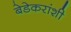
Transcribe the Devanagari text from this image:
बेडेकरांशी